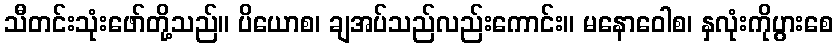
သီတင်းသုံးဖော်တို့သည်။ ပိယောစ၊ ချအပ်သည်လည်းကောင်း။ မနောဝေါစ၊ နှလုံးကိုပွားစေ